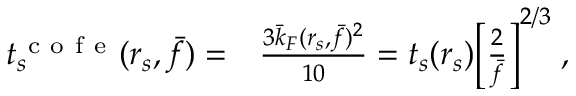
\begin{array} { r l } { t _ { s } ^ { \mathrm { ~ c ~ o ~ f ~ e ~ } } ( r _ { s } , \bar { f } ) = } & { { } \frac { 3 \bar { k } _ { F } ( r _ { s } , \bar { f } ) ^ { 2 } } { 1 0 } = t _ { s } ( r _ { s } ) \bigg [ \frac { 2 } { \bar { f } } \bigg ] ^ { 2 / 3 } \; , } \end{array}